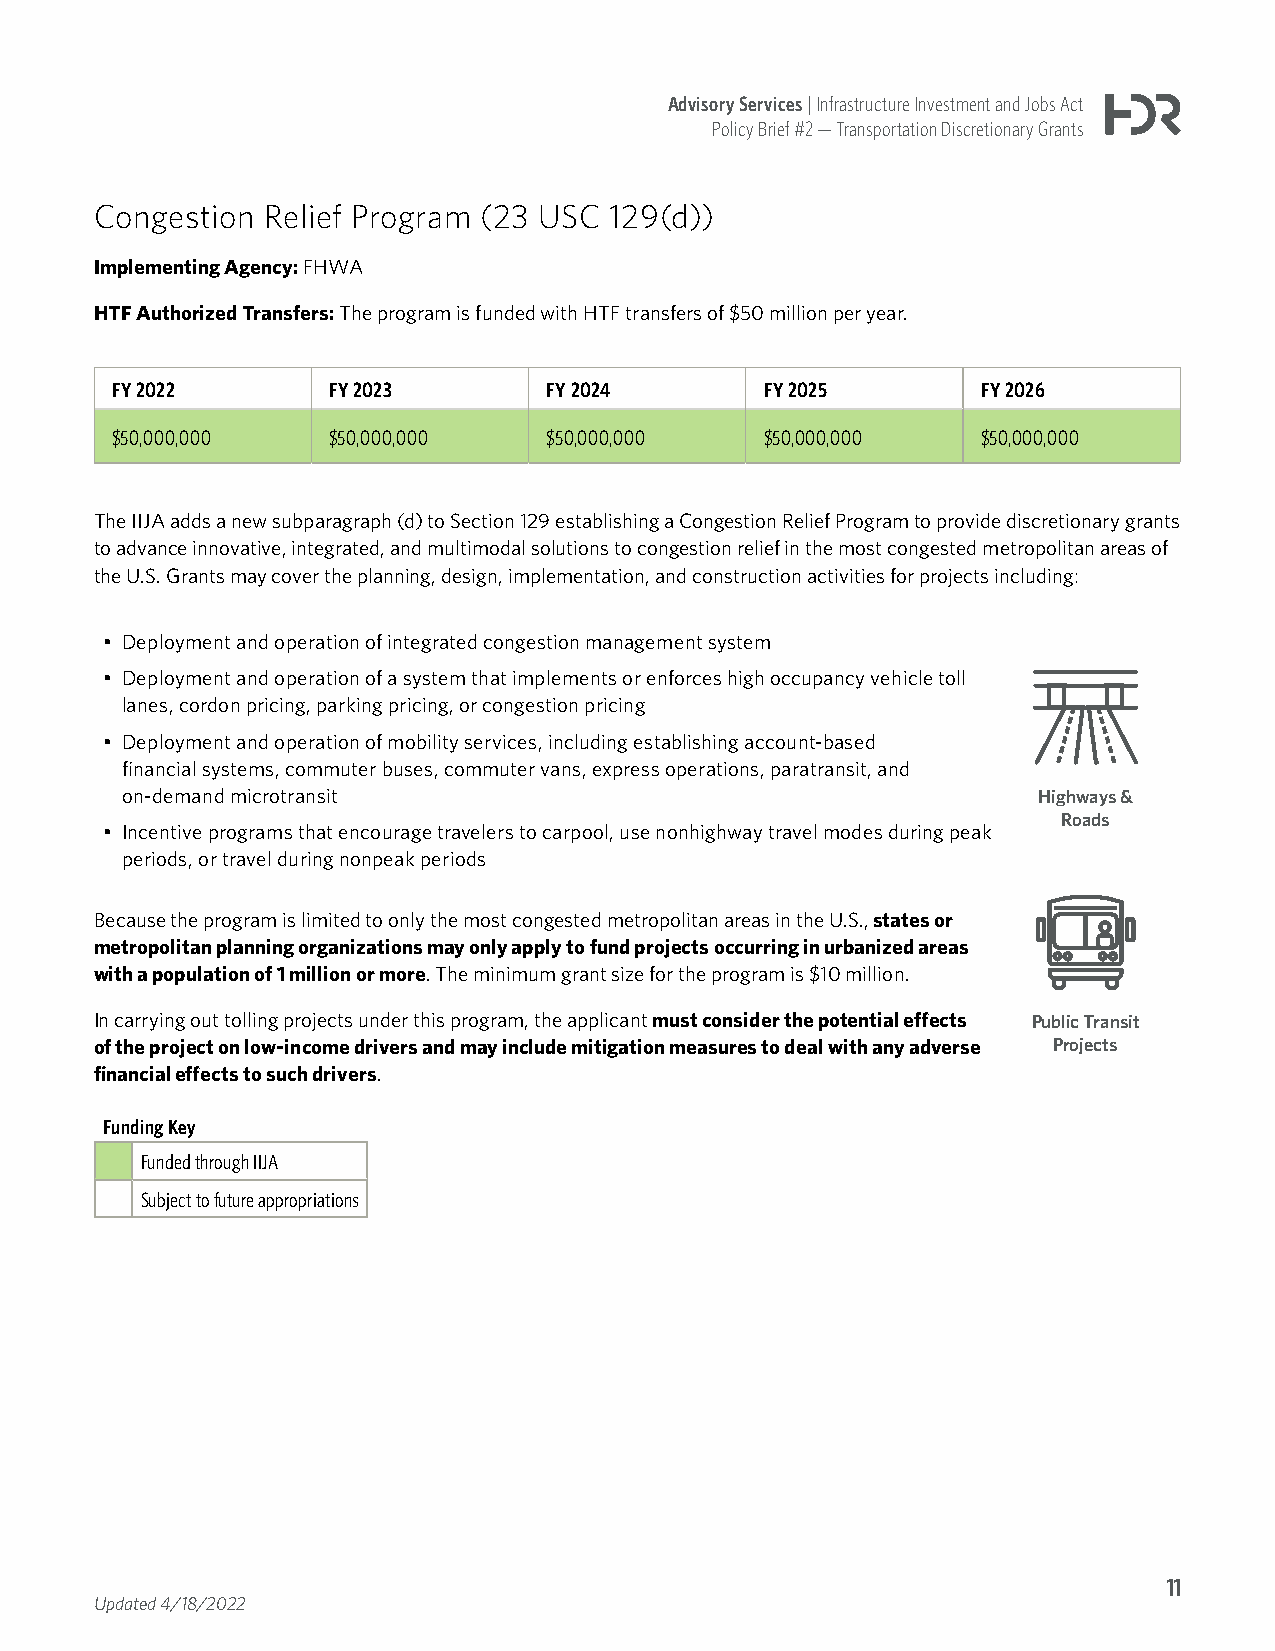
Advisory Services | Infrastructure Investment and Jobs Act
 Policy Brief #2 — Transportation Discretionary Grants
 Congestion Relief Program (23 USC 129(d))
 Implementing Agency: FHWA
 HTF Authorized Transfers: The program is funded with HTF transfers of $50 million per year.
 FY 2022        FY 2023       FY 2024        FY 2025       FY 2026
 $50,000,000    $50,000,000   $50,000,000    $50,000,000   $50,000,000
 The IIJA adds a new subparagraph (d) to Section 129 establishing a Congestion Relief Program to provide discretionary grants
 to advance innovative, integrated, and multimodal solutions to congestion relief in the most congested metropolitan areas of
 the U.S. Grants may cover the planning, design, implementation, and construction activities for projects including:
 • Deployment and operation of integrated congestion management system
 • Deployment and operation of a system that implements or enforces high occupancy vehicle toll
 lanes, cordon pricing, parking pricing, or congestion pricing
 • Deployment and operation of mobility services, including establishing account-based
 financial systems, commuter buses, commuter vans, express operations, paratransit, and
 on-demand microtransit                                       Highways &
 Roads
 • Incentive programs that encourage travelers to carpool, use nonhighway travel modes during peak
 periods, or travel during nonpeak periods
 Because the program is limited to only the most congested metropolitan areas in the U.S., states or
 metropolitan planning organizations may only apply to fund projects occurring in urbanized areas
 with a population of 1 million or more. The minimum grant size for the program is $10 million.
 In carrying out tolling projects under this program, the applicant must consider the potential effects Public Transit
 of the project on low-income drivers and may include mitigation measures to deal with any adverse Projects
 financial effects to such drivers.
 Funding Key
 Funded through IIJA
 Subject to future appropriations
 11
 Updated 4/18/2022